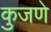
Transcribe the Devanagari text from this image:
कुजणे